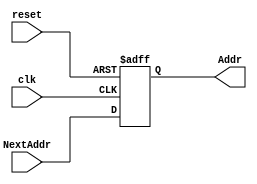
`ifndef PC
`define PC

module ProgramCounter # ( parameter WIDTH = 8 )
  ( input	 		 	   clk,
    input 			       reset,
    input	   [WIDTH-1:0] NextAddr, //pcnext
    output reg [WIDTH-1:0] Addr  //pc
  );
  
  always @(posedge clk, posedge reset)
    begin
      if(reset)
        Addr <= 0;
      else
        Addr <= NextAddr;
    end
endmodule

`endif

/*program counter register - holds the current address of the instruction memory.  
This module should be updated at the positive edge of the clock.*/